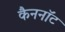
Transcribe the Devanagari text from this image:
कैननॉट